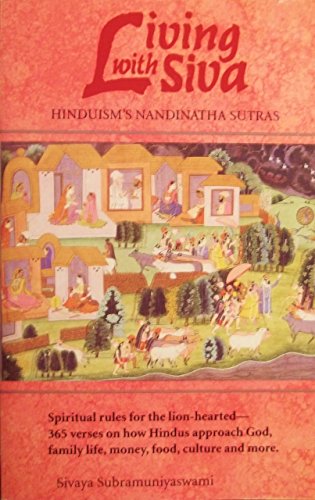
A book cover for Living With Siva: Hinduism's Nandinatha Sutras; Sivaya Subramuniyaswami; Religion & Spirituality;